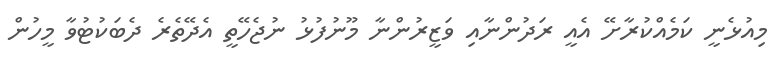
މިއުޅެނީ ކަމެއްކުރާށޭ އެއީ ރަދުންނާއި ވަޒީރުންނާ މޫނުފުޅު ނުޖެހޭތީ އެދޭތެރެ ދެބަކުޓުވާ މީހުން